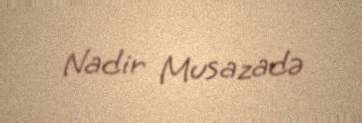
Nadir Musazadə